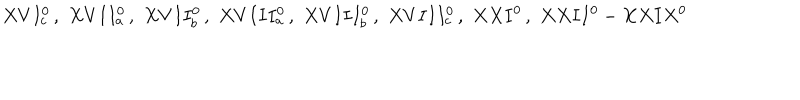
X V I _ { c } ^ { 0 } \, , \, \, X V I I _ { a } ^ { 0 } \, , \, \, X V I I _ { b } ^ { 0 } \, , \, \, X V I I I _ { a } ^ { 0 } \, , \, \, X V I I I _ { b } ^ { 0 } \, , \, \, X V I I I _ { c } ^ { 0 } \, , \, \, X X I ^ { 0 } \, , \, \, X X I I ^ { 0 } - X X I X ^ { 0 } \, \,